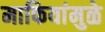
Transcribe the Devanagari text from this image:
माफियांमुळे